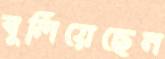
বুলিয়েছেন